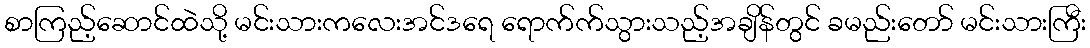
စာကြည့်ဆောင်ထဲသို့ မင်းသားကလေးအင်ဒရေ ရောက်က်သွားသည့်အချိန်တွင် ခမည်းတော် မင်းသားကြီး